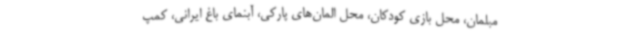
مبلمان، محل بازی کودکان، محل المان‌های پارکی، آبنمای باغ ایرانی، کمپ